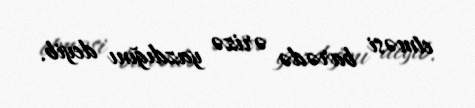
etməsi barədə ərizə yazdığını deyib.